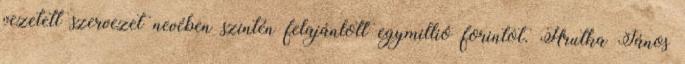
vezetett szervezet nevében szintén felajánlott egymillió forintot. Hrutka János